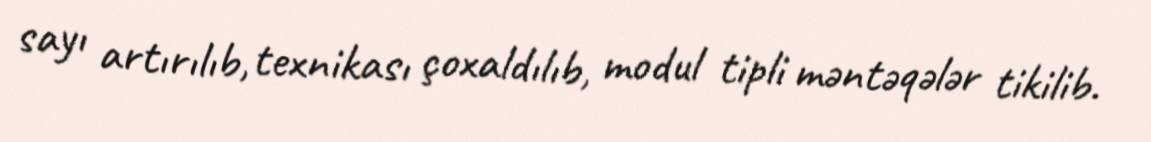
sayı artırılıb, texnikası çoxaldılıb, modul tipli məntəqələr tikilib.